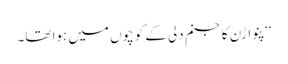
‘‘ پنواڑن کا جنم دلی کے کوچوں میں ہوا تھا۔